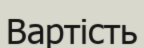
Вартість